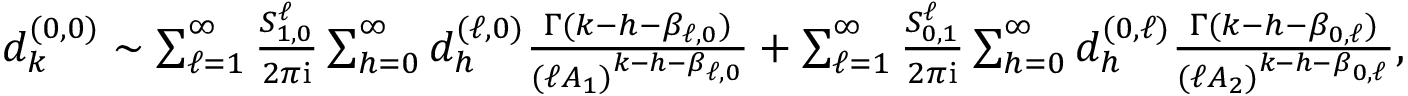
\begin{array} { r } { d _ { k } ^ { ( 0 , 0 ) } \sim \sum _ { \ell = 1 } ^ { \infty } \frac { S _ { 1 , 0 } ^ { \ell } } { 2 \pi \mathrm { i } } \sum _ { h = 0 } ^ { \infty } d _ { h } ^ { ( \ell , 0 ) } \frac { \Gamma ( k - h - \beta _ { \ell , 0 } ) } { ( \ell A _ { 1 } ) ^ { k - h - \beta _ { \ell , 0 } } } + \sum _ { \ell = 1 } ^ { \infty } \frac { S _ { 0 , 1 } ^ { \ell } } { 2 \pi \mathrm { i } } \sum _ { h = 0 } ^ { \infty } d _ { h } ^ { ( 0 , \ell ) } \frac { \Gamma ( k - h - \beta _ { 0 , \ell } ) } { ( \ell A _ { 2 } ) ^ { k - h - \beta _ { 0 , \ell } } } , } \end{array}